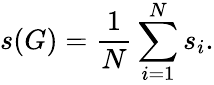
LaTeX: s(G)=\frac{1}{N}\sum_{i=1}^{N}s_{i}.